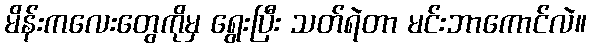
မိန်းကလေးတွေကိုမှ ရွေးပြီး သတ်ရဲတာ မင်းဘာကောင်လဲ။